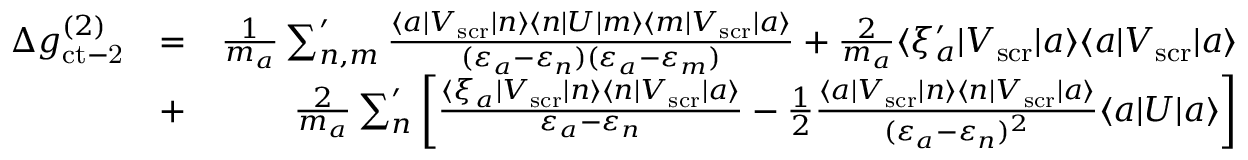
\begin{array} { r l r } { \Delta g _ { \mathrm { c t - 2 } } ^ { ( 2 ) } } & { = } & { \frac { 1 } { m _ { a } } \sum _ { n , m } ^ { \prime } \frac { \langle a | V _ { \mathrm { s c r } } | n \rangle \langle n | U | m \rangle \langle m | V _ { \mathrm { s c r } } | a \rangle } { ( \varepsilon _ { a } - \varepsilon _ { n } ) ( \varepsilon _ { a } - \varepsilon _ { m } ) } + \frac { 2 } { m _ { a } } \langle \xi _ { a } ^ { \prime } | V _ { \mathrm { s c r } } | a \rangle \langle a | V _ { \mathrm { s c r } } | a \rangle } \\ & { + } & { \frac { 2 } { m _ { a } } \sum _ { n } ^ { \prime } \left[ \frac { \langle \xi _ { a } | V _ { \mathrm { s c r } } | n \rangle \langle n | V _ { \mathrm { s c r } } | a \rangle } { \varepsilon _ { a } - \varepsilon _ { n } } - \frac 1 2 \frac { \langle a | V _ { \mathrm { s c r } } | n \rangle \langle n | V _ { \mathrm { s c r } } | a \rangle } { ( \varepsilon _ { a } - \varepsilon _ { n } ) ^ { 2 } } \langle a \vert U \vert a \rangle \right] } \end{array}